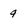
Character: 9